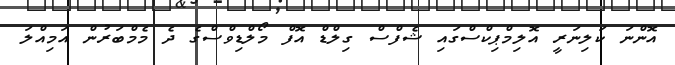
އޮންނަ ކަލިނަރީ އޮލިމްޕިކްސްގައި ޝެފްސް ގިލްޑް އޮފް މޯލްޑިވްސްގެ ދެ މެމްބަރުން އަމިއްލަ